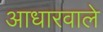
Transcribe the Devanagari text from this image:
आधारवाले